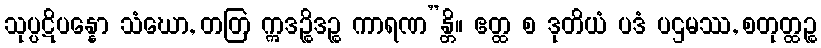
သုပ္ပဋိပန္နော သံဃော, တတြ ဣဒဉ္စိဒဉ္စ ကာရဏ”န္တိ။ ဧတ္ထ စ ဒုတိယံ ပဒံ ပဌမဿ, စတုတ္ထဉ္စ